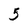
Character: 5